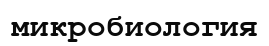
микробиология